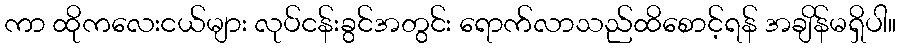
ကာ ထိုကလေးငယ်များ လုပ်ငန်းခွင်အတွင်း ရောက်လာသည်ထိစောင့်ရန် အချိန်မရှိပါ။